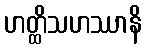
ဟတ္ထိသဟဿာနိ